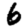
Digit: 6